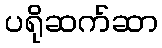
ပရိုဆက်ဆာ